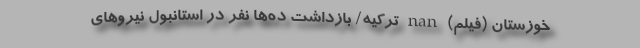
خوزستان (فیلم)‌ nan ترکیه/ بازداشت ده‌ها نفر در استانبول نیروهای